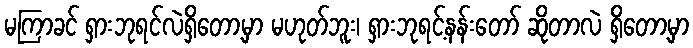
မကြာခင် ရှားဘုရင်လဲရှိတော့မှာ မဟုတ်ဘူး၊ ရှားဘုရင့်နန်းတော် ဆိုတာလဲ ရှိတော့မှာ